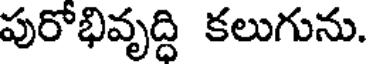
పురోభివృద్ది కలుగును.